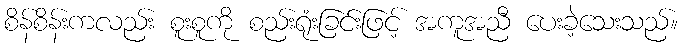
စိန်စိန်းကလည်း စူးစူကို စည်းရုံးခြင်းဖြင့် အကူအညီ ပေးခဲ့သေးသည်။